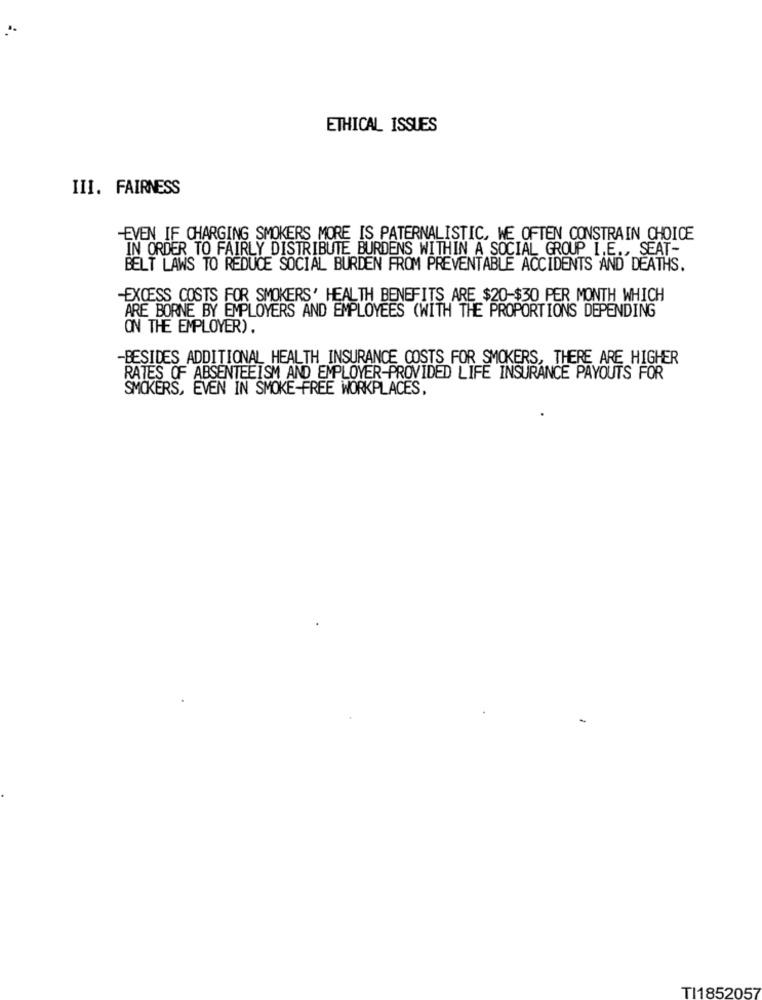
ETHICAL ISSUES
III. FAIRNESS
EVEN IF CHARGING SMOKERS MORE IS PATERNALISTIC, WE OFTEN CONSTRAIN CHOICE
IN ORDER TO FAIRLY DISTRIBUTE BURDENS WITHIN A SOCIAL GROUP I.E ., SEAT-
BELT LAWS TO REDUCE SOCIAL BURDEN FROM PREVENTABLE ACCIDENTS AND DEATHS.
-EXCESS COSTS FOR SMOKERS' HEALTH BENEFITS ARE $20-$30 PER MONTH WHICH
ARE BORNE BY EMPLOYERS AND EMPLOYEES (WITH THE PROPORTIONS DEPENDING
ON THE EMPLOYER).
-BESIDES ADDITIONAL HEALTH INSURANCE COSTS FOR SMOKERS, THERE ARE HIGHER
RATES OF ABSENTEEISM AND EMPLOYER-PROVIDED LIFE INSURANCE PAYOUTS FOR
SMOKERS, EVEN IN SMOKE-FREE WORKPLACES,
TI1852057